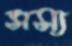
সস্য